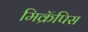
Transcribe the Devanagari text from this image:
मिक्रॅपिस